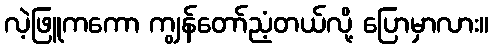
လဲ့ဖြူကကော ကျွန်တော်ညံ့တယ်လို့ ပြောမှာလား။